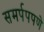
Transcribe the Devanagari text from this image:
समर्पपपणे